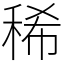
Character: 稀